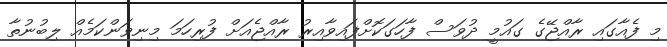
މި ފެއާގައި ރާއްޖޭގެ ގައުމީ ދުވަސް ފާހަގަކޮށްފައިވާއިރު ރާއްޖެއަށް ފުރިހަމަ މިނިވަންކަމެއް ލިބުނުތާ